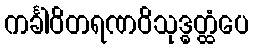
ကင်္ခါဝိတရဏဝိသုဒ္ဓတ္ထံပေ